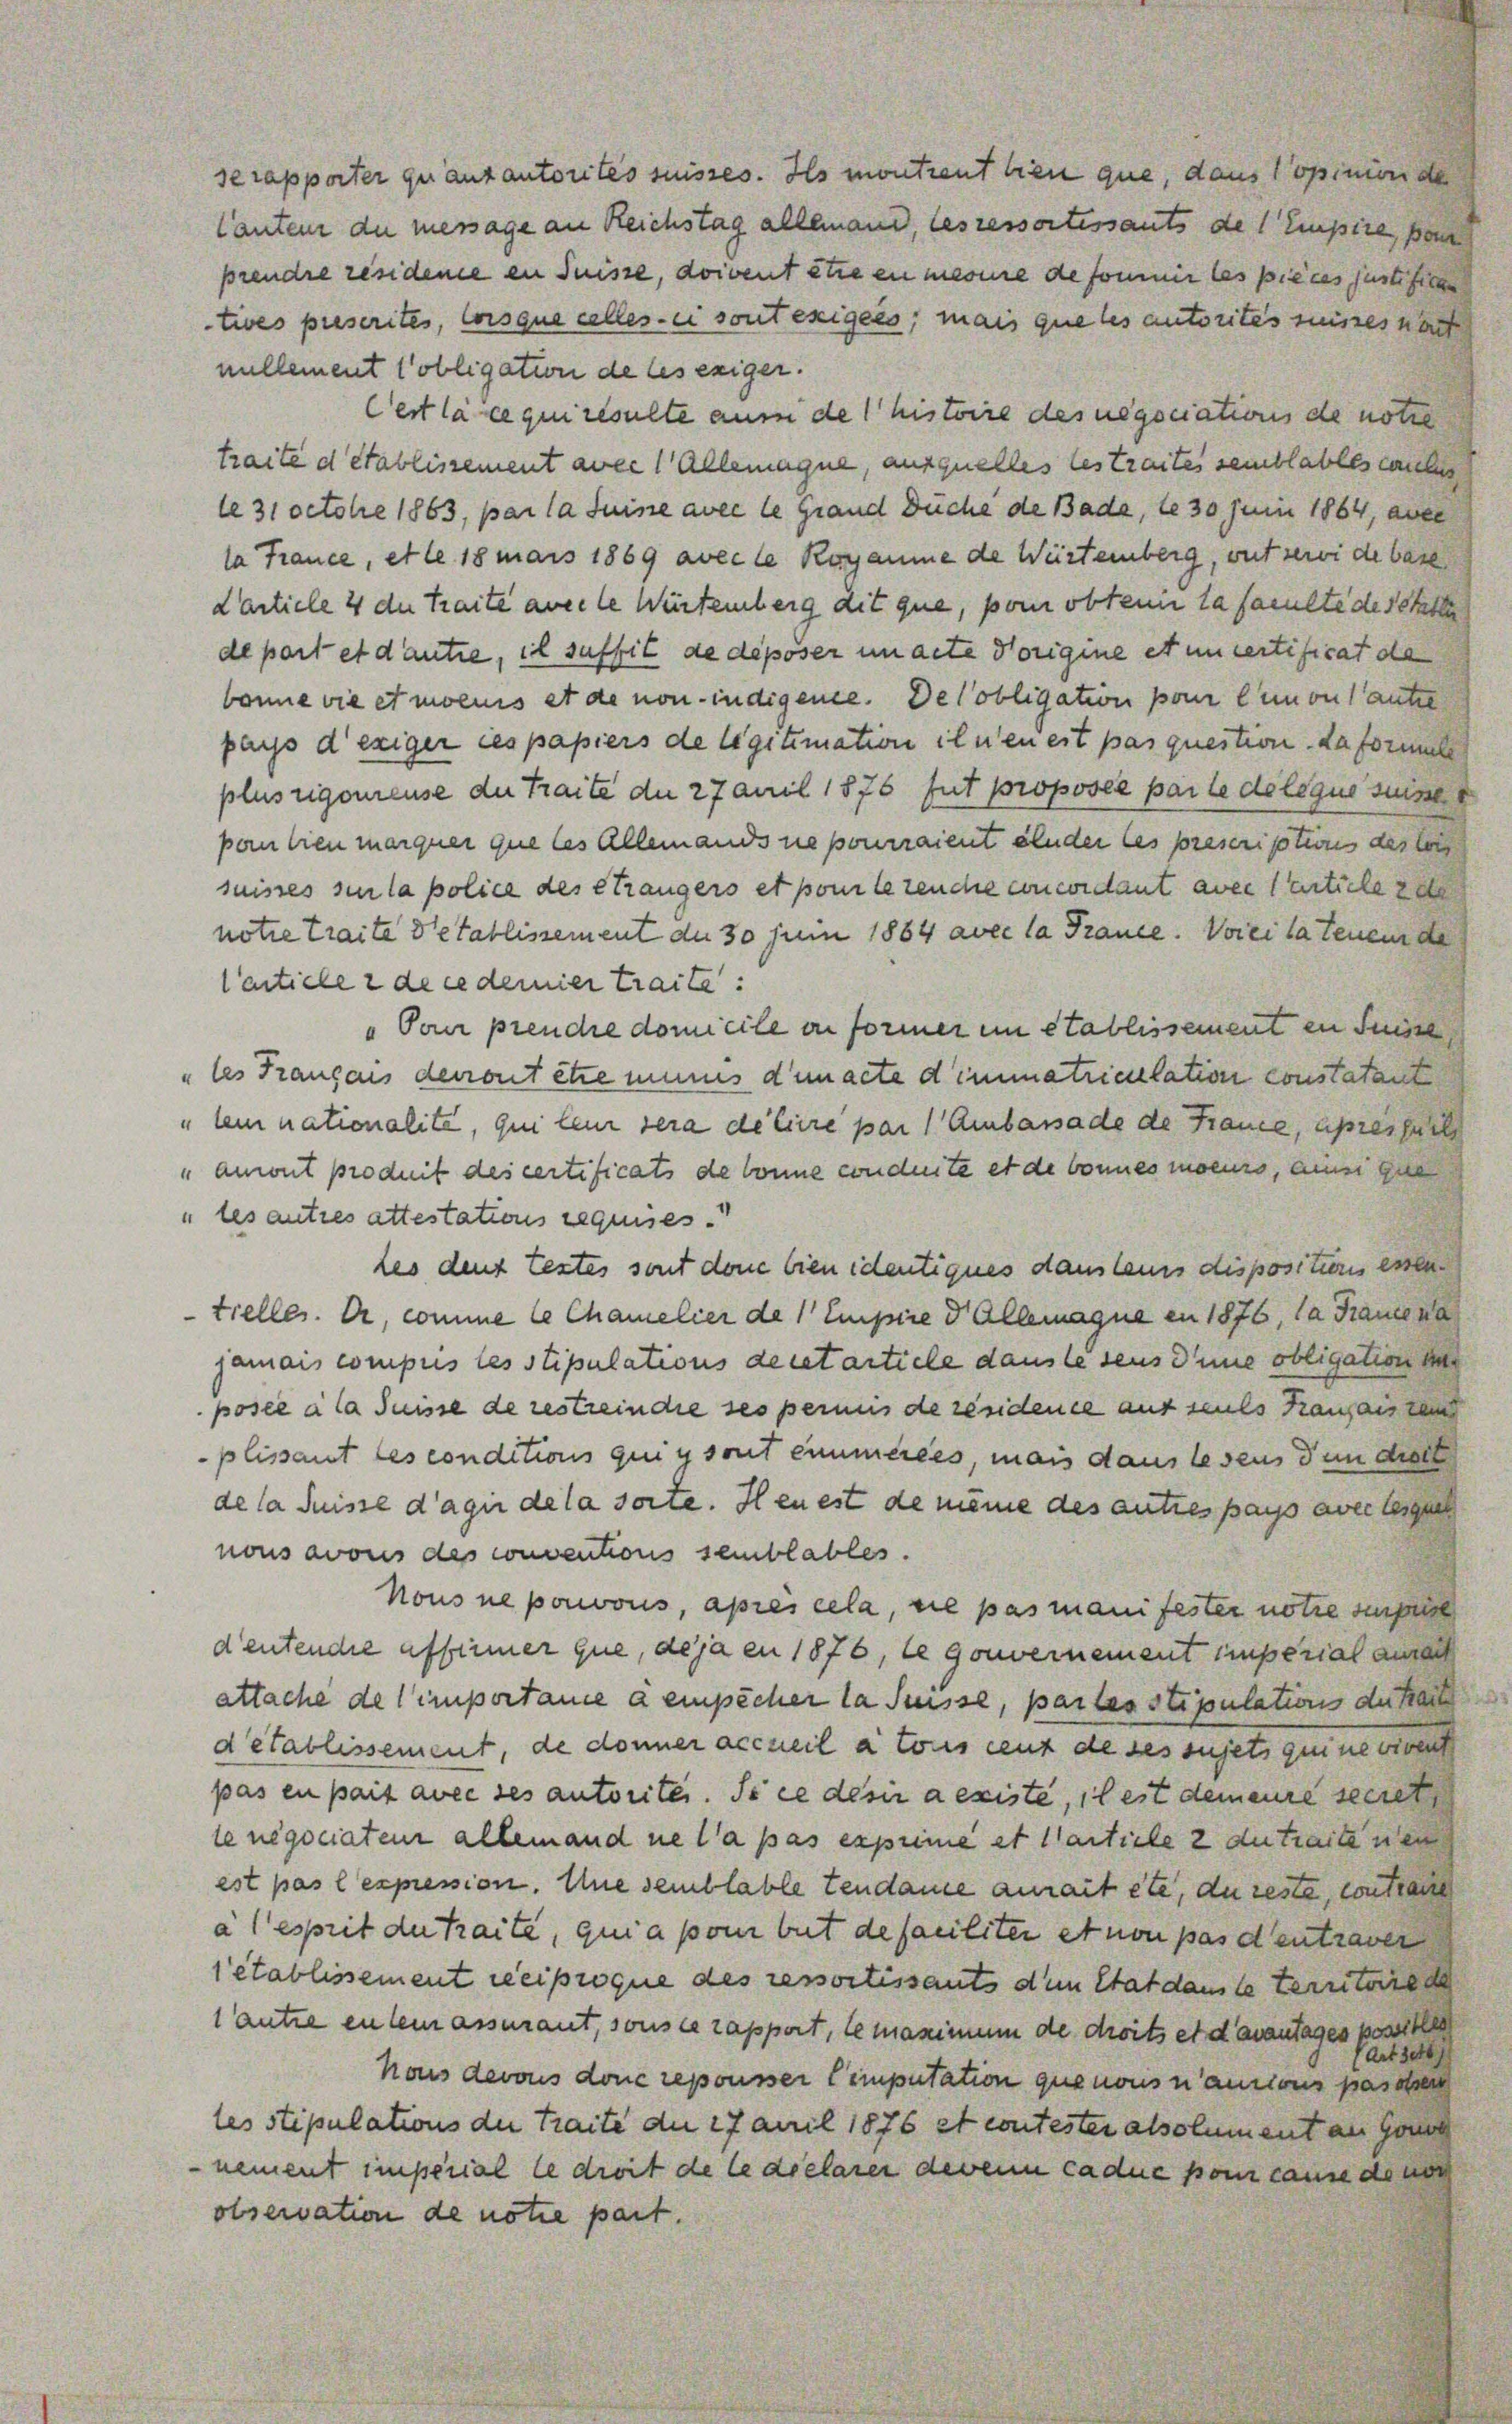
se rapporter quantantorités suisses. Ils montreut bien que, dans opinion de
Cauteur du message an Reichstag allemand, les ressortissants des Empire, von
prendre résidene an Suisse, doivent etwa en meine defonnir les pieces justifican
tives prescrites, lorsque celles ei sont exigers, mais que les autorites wisses nach
nillement obligation de les exiger.
Cest la ce qui resulte num de histoire des negociations de notie
traité détablissement avec 1 Allemagne, ausquelles lestraites semblables cle
le 31 Octobre 1863, par la Juine avec le Grand Duche de Bade, le 30 Junii 1864, aver
la France, et le 18 mais 1869 avec le Rogamie de Weisteinberg, mit sei de ban
Carticle 4 du traite avec le Würtemberg dit que, pom obtenir la faculte de statte
de port et dantie, il suffit de deposer un acte Vorigine et un certificat da
bonne vie et monis et de non indigene. De lobligation po Cumontanter
pays d’exiger ces papiers de legitimation ihnen est pas question. da formal
plus rigonense der Traite der 27 auil 1876 fut proposée par le de leque suise
pan bien marquer que les Allemands ne pourraient ander les prescription des loc
suisses sie la police des Strangers et ponte zeuche concordant aver Centiele zu
notie Traite detablissement de 30 Juni 1884 avec la France. Vorei la teneur de
Certicle 2 de ce demier traite:
„Pour prendre domicile on former en établissement in Suisse
„les Français deront être mines dem acte dimmatriaelation constatant
„lein nationalité, qui lein sera de Cire par ( Ambassade de France, apressach
auront produit des certificats de bonne conduite et de bonnes moeurs, aus gan
„les autres attestations requises.
les deus testes sont done bien identiques danstens dispositions essen
tieller. Er, comme le Chamelier de 1 Empire d. Allemagne en 1876, la Frauen
jamais compris les stipulations deutartiele danste seus Deine obligation un
posée à la Suisse de restrein die ses permis de rendence ausmals Transais dem
plissant les conditions qui y sont eimmerces, mais dans lesens den diese
de la Suisse d’agii de la sorte. Il en est de meine des autres pays avec legen
nons avous des conventions semblables.
Nous ne porons, après cela, die pas manifester notre surp
deutendie affinner que, de ja en 1876, le gouvernement superial aurach
attache de l’importance a empêcher la Suisse, par les stipulation der Frau
detablissement, de donner accueil a tous cent de des sujets gene viren
pas en pait avec ses autoriter. Si ce desir a existe, il est demeure secret
le negociaten allemand ne l’a pas expeme et Martiele 2 du traite nen
est pas l’expression. Une semblable tendame aurait etc. du reste, contra
à esseit der Traite, quia pom but de familiter et non pas d’entraver
établissement reciproque des ressortissants dem Stat dans le territoire
lantre enlein assmant, sons ce rapport, le maximum de droits et davantages possible
Art sett
Nous devous donc repousser Computation que nons n’aurons passen
les stipulations der Traite die 27 April 1876 et contester alsolument an Gou
nement imperial le droit de le declarer derein cadue pour cause de noch
observation de notie part.